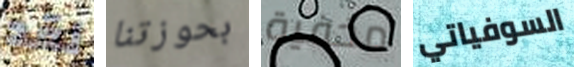
لقد بحوزتنا مخفية السوفياتي